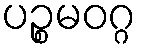
ပဉ္စမဝဂ္ဂ